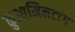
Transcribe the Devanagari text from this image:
कुआमिनटांग